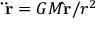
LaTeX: \mathbf { \ddot { r } } = G M \mathbf { \hat { r } } / r ^ { 2 }